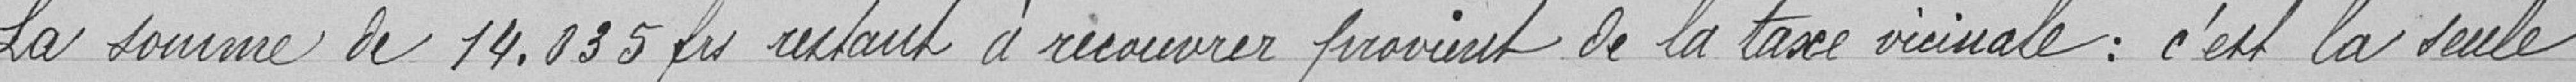
La somme de 14.035 francs restant à recouvrer provient de la taxe vicinale : c'est la seule